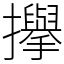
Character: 㩮